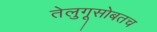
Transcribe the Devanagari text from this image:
तेलुगूसोबतच